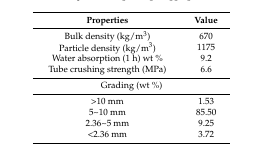
<table><thead><tr><td><b>Properties</b></td><td><b>Value</b></td></tr></thead><tbody><tr><td>Bulk density (kg/m<sup>3</sup>)</td><td>670</td></tr><tr><td>Particle density (kg/m<sup>3</sup>)</td><td>1175</td></tr><tr><td>Water absorption (1 h) wt %</td><td>9.2</td></tr><tr><td>Tube crushing strength (MPa)</td><td>6.6</td></tr><tr><td colspan="2">Grading (wt %)</td></tr><tr><td>&gt;10 mm</td><td>1.53</td></tr><tr><td>5~10 mm</td><td>85.50</td></tr><tr><td>2.36~5 mm</td><td>9.25</td></tr><tr><td>&lt;2.36 mm</td><td>3.72</td></tr></tbody></table>